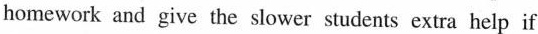
homework and give the slower students extra help